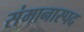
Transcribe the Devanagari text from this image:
संमानास्पद